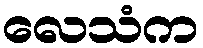
လေသံက